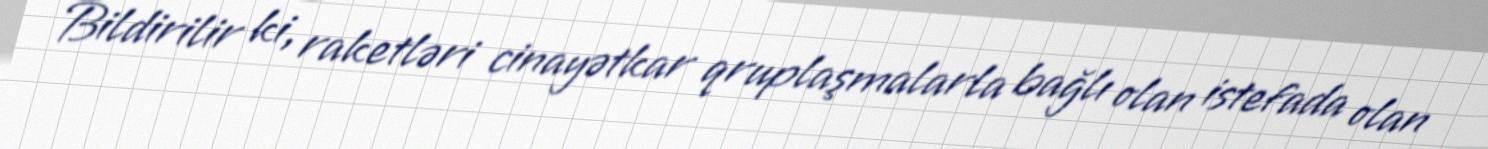
Bildirilir ki, raketləri cinayətkar qruplaşmalarla bağlı olan istefada olan